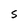
Character: S